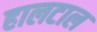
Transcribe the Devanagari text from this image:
हालटाल